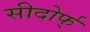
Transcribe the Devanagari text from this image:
सीदोर्फ्